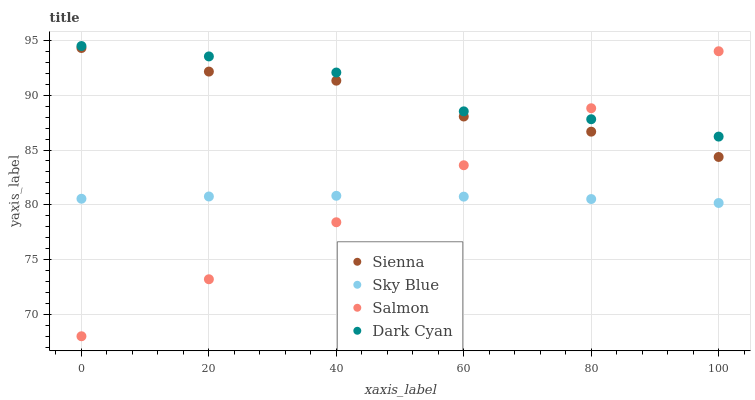
| xaxis_label | Sienna | Sky Blue | Salmon | Dark Cyan |
 | --- | --- | --- | --- | --- |
 | 0 | 94.3 | 80.6 | 68 | 94.5 |
 | 20 | 92.2 | 80.8 | 73.2 | 93.5 |
 | 40 | 91.3 | 80.8 | 78.4 | 92.1 |
 | 60 | 88.1 | 80.7 | 83.6 | 88.5 |
 | 80 | 86.7 | 80.5 | 88.8 | 87.8 |
 | 100 | 84.4 | 80.2 | 94 | 86.2 |